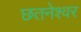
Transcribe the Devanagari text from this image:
छतनेश्वर